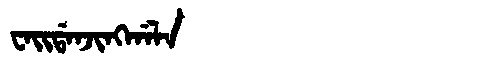
Manchu: ᠸᠠᡳᡩᠠᠨᠵᡳᠩᡤᠠᠯᠠ
Romanization: WAIDANJINGGALA